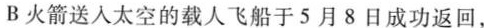
B火箭送入太空的载人飞船于5月8日成功返回，